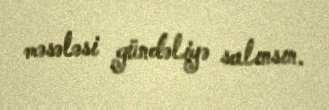
məsələsi gündəliyə salınsın.